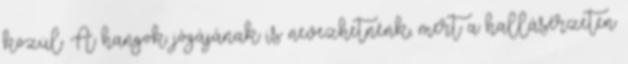
közül. A hangok jógájának is nevezhetnénk, mert a hallásérzeten